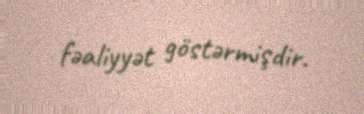
fəaliyyət göstərmişdir.